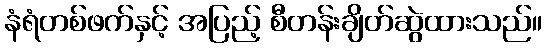
နံရံတစ်ဖက်နှင့် အပြည့် စီတန်းချိတ်ဆွဲထားသည်။